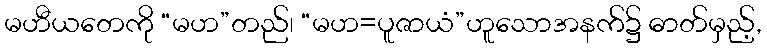
မဟီယတေကို “မဟ”တည်၊ “မဟ=ပူဇာယံ”ဟူသောအနက်၌ ဓာတ်မှည့်,